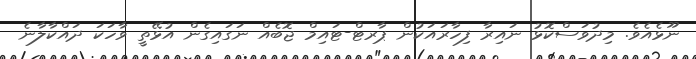
ނޫޅެއެވެ. މިދުވަސްކޮޅު ނައިރާ ފިހާރައަކުން ޕާރޓް-ޓައިމް ޖޮބެއް ނަގައިގެން އުޅޭތީ ވާހަކަ ދައްކާލާނެ